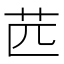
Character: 苉